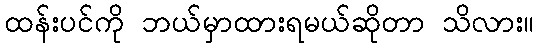
ထန်းပင်ကို ဘယ်မှာထားရမယ်ဆိုတာ သိလား။